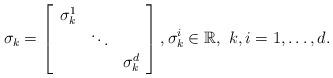
LaTeX: \begin{align*}\sigma_k=\left[\begin{array}{ccc} \sigma_k^{1}& &\\ &\ddots& \\& & \sigma_k^d\end{array}\right],\sigma_k^i\in\mathbb{R},\ k,i=1,\ldots,d.\end{align*}